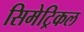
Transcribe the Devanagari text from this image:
सिमेट्रिकल